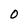
Character: O